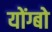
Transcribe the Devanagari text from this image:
योंग्बो